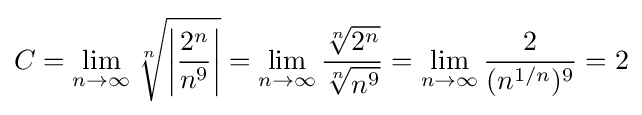
C=\lim _{n\to \infty }{\sqrt[{n}]{\left|{\frac {2^{n}}{n^{9}}}\right|}}=\lim _{n\to \infty }{\frac {\sqrt[{n}]{2^{n}}}{\sqrt[{n}]{n^{9}}}}=\lim _{n\to \infty }{\frac {2}{(n^{1/n})^{9}}}=2